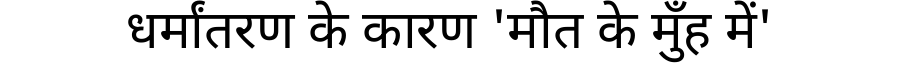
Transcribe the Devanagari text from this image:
धर्मांतरण के कारण 'मौत के मुँह में'